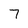
Character: 7